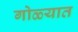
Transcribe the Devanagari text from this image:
गोळ्यात